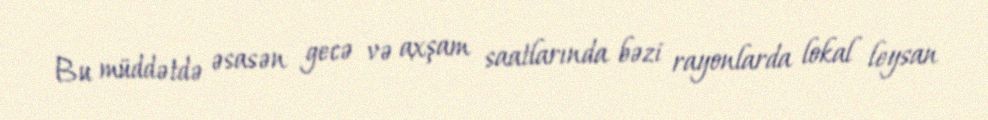
Bu müddətdə əsasən gecə və axşam saatlarında bəzi rayonlarda lokal leysan